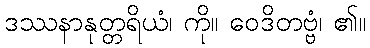
ဒဿနာနုတ္တရိယံ၊ ကို။ ဝေဒိတဗ္ဗံ၊ ၏။